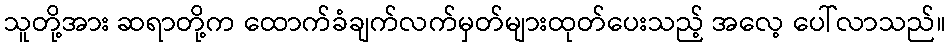
သူတို့အား ဆရာတို့က ထောက်ခံချက်လက်မှတ်များထုတ်ပေးသည့် အလေ့ ပေါ်လာသည်။